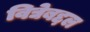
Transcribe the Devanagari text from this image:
विद्येबद्दल